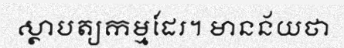
ស្ថាបត្យកម្មដែរ។ មានន័យថា